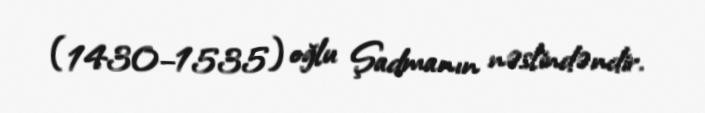
(1430–1535) oğlu Şadmanın nəslindəndir.